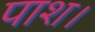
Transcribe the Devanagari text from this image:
पाश।